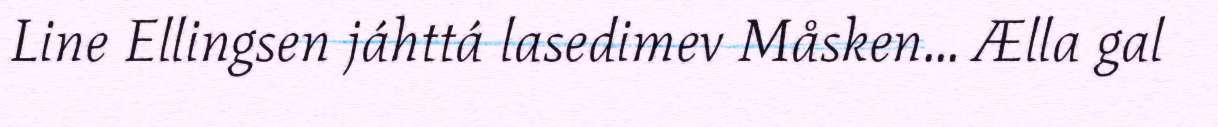
Line Ellingsen jáhttá lasedimev Måsken... Ælla gal